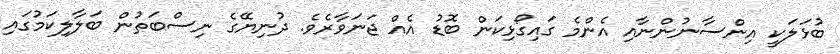
ބުޅަލަކީ އިންސާނުންނާއި އެންމެ ގައިގޯޅިކަން ބޮޑު އެއް ޖަނަވާރެވެ. ދުނިޔޭގެ ނިސްބަތުން ބަލާލިކަމުގައި